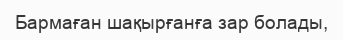
Бармаған шақырғанға зар болады,